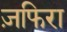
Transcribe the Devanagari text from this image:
ज़फिरा